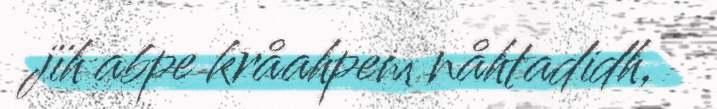
jïh abpe kråahpem nåhtadidh,